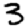
Digit: 3